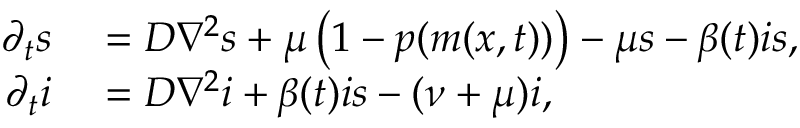
\begin{array} { r l } { \partial _ { t } s } & { { } = D \nabla ^ { 2 } s + \mu \left( 1 - p ( m ( x , t ) ) \right) - \mu s - \beta ( t ) i s , } \\ { \partial _ { t } i } & { { } = D \nabla ^ { 2 } i + \beta ( t ) i s - ( \nu + \mu ) i , } \end{array}